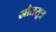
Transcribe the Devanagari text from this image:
स्रौतसूत्र